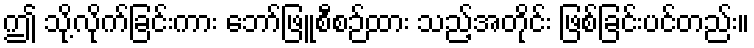
ဤ သို့လိုက်ခြင်းကား ဘော်ဖြူစီစဉ်ထား သည့်အတိုင်း ဖြစ်ခြင်းပင်တည်း။